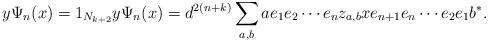
LaTeX: \begin{align*}y\Psi_n(x)=1_{N_{k+2}}y\Psi_n(x)=d^{2(n+k)} \sum_{a,b} a e_1 e_2\cdots e_{n}z_{a,b} xe_{n+1}e_n \cdots e_2e_1 b^*.\end{align*}